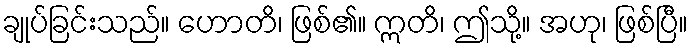
ချုပ်ခြင်းသည်။ ဟောတိ၊ ဖြစ်၏။ ဣတိ၊ ဤသို့။ အဟု၊ ဖြစ်ပြီ။